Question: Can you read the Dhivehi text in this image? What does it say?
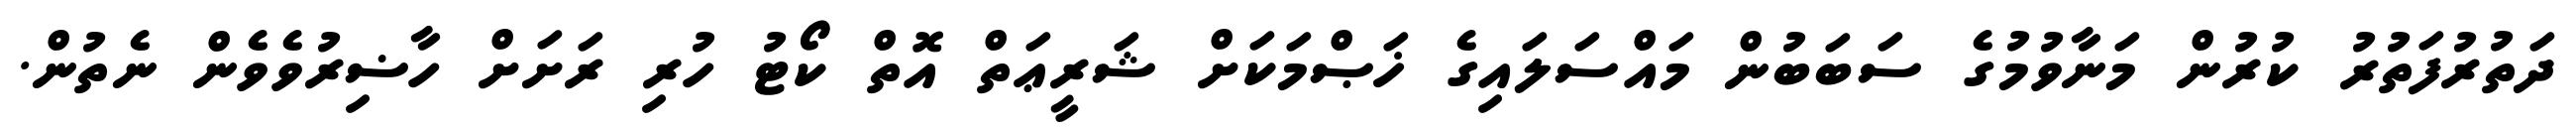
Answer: ދަތުރުފަތުރު ކުރުން މަނާވުމުގެ ސަބަބުން މައްސަލައިގެ ޚަޞްމަކަށް ޝަރީޢަތް އޮތް ކޯޓު ހުރި ރަށަށް ހާޟިރުވެވެން ނެތުން.